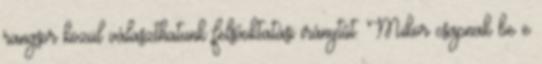
rangsor közül választhatunk felsőoktatási iránytűt. Mikor csapnak be e